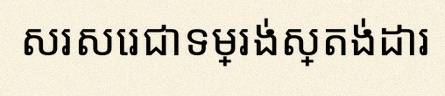
សរសេរជាទម្រង់ស្តង់ដារ